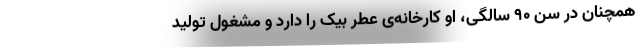
همچنان در سن ۹۰ سالگی، او کارخانه‌ی عطر بیک را دارد و مشغول تولید